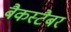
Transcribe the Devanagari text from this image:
बैकस्टैबर